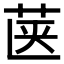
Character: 𮎿